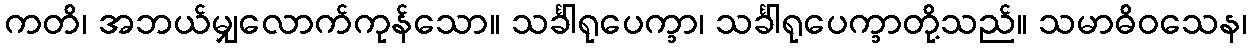
ကတိ၊ အဘယ်မျှလောက်ကုန်သော။ သင်္ခါရုပေက္ခာ၊ သင်္ခါရုပေက္ခာတို့သည်။ သမာဓိဝသေန၊